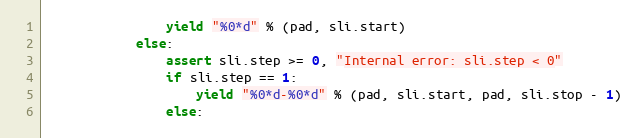
Language: Python
                yield "%0*d" % (pad, sli.start)
            else:
                assert sli.step >= 0, "Internal error: sli.step < 0"
                if sli.step == 1:
                    yield "%0*d-%0*d" % (pad, sli.start, pad, sli.stop - 1)
                else: